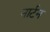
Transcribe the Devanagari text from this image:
नार्टन